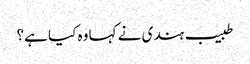
طبیب ہندی نے کہا وہ کیا ہے؟